Vital statistics of India. Vol. V, Reports of 1876 on armies & jails and on epidemic cholera
Year: 1876
Disease focus: Cholera
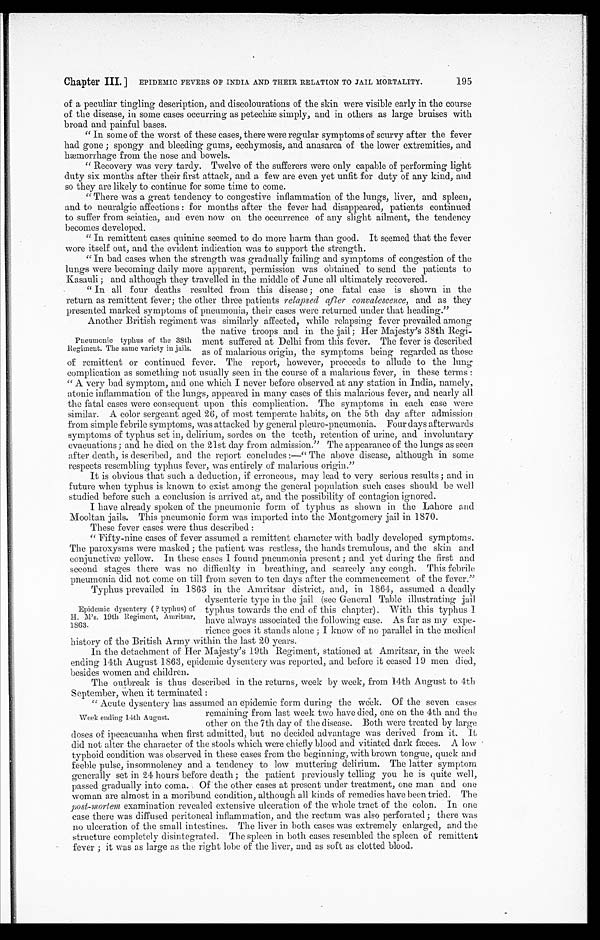
Chapter III. ] EPIDEMIC FEVERS OF INDIA AND THEIR RELATION TO JAIL MORTALITY.
195
of a peculiar tingling description, and discolourations of the skin were visible early in the course
of the disease, in some cases occurring as petechiæ simply, and in others as large bruises with
broad and painful bases.
" In some of the worst of these cases, there were regular symptoms of scurvy after the fever
had gone ; spongy and bleeding gums, ecchymosis, and anasarca of the lower extremities, and
hæmorrhage from the nose and bowels.
" Recovery was very tardy. Twelve of the sufferers were only capable of performing light
duty six months after their first attack, and a few are even yet unfit for duty of any kind, and
so they are likely to continue for some time to come.
"There was a great tendency to congestive inflammation of the lungs, liver, and spleen,
and to neuralgic affections : for months after the fever had disappeared, patients continued
to suffer from sciatica, and even now on the occurrence of any slight ailment, the tendency
becomes developed.
" In remittent cases quinine seemed to do more harm than good. It seemed that the fever
wore itself out, and the evident indication was to support the strength.
"In bad cases when the strength was gradually failing and symptoms of congestion of the
lungs were becoming daily more apparent, permission was obtained to send the patients to
Kasauli ; and although they travelled in the middle of June all ultimately recovered.
" In all four deaths resulted from this disease; one fatal case is shown in the
return as remittent fever; the other three patients relapsed after convalescence, and as they
presented marked symptoms of pneumonia, their cases were returned under that heading."
Another British regiment was similarly affected, while relapsing fever prevailed among
the native troops and in the jail; Her Majesty's 38th Regi
-ment suffered at Delhi from this fever. The fever is described
as of malarious origin, the symptoms being regarded as those
of remittent or continued fever. The report, however, proceeds to allude to the lung
complication as something not usually seen in the course of a malarious fever, in these terms :
" A very bad symptom, and one which I never before observed at any station in India, namely,
atonic inflammation of the lungs, appeared in many cases of this malarious fever, and nearly all
the fatal cases were consequent upon this complication. The symptoms in each case were
similar. A color sergeant aged 26, of most temperate habits, on the 5th day after admission
from simple febrile symptoms, was attacked by general pleuro-pneumonia. Four days afterwards
symptoms of typhus set in, delirium, sordes on the teeth, retention of urine, and involuntary
evacuations; and he died on the 21st day from admission." The appearance of the lungs as seen
after death, is described, and the report concludes :—" The above disease, although in some
respects resembling typhus fever, was entirely of malarious origin."
It is obvious that such a deduction, if erroneous, may lead to very serious results ; and in
future when typhus is known to exist among the general population such cases should be well
studied before such a conclusion is arrived at, and the possibility of contagion ignored.
I have already spoken of the pneumonic form of typhus as shown in the Lahore and
Mooltan jails. This pneumonic form was imported into the Montgomery jail in 1870.
These fever cases were thus described :
" Fifty-nine cases of fever assumed a remittent character with badly developed symptoms.
The paroxysms were masked ; the patient was restless, the hands tremulous, and the skin and
conjunctivæ yellow. In these cases I found pneumonia present ; and yet during the first and
second stages there was no difficulty in breathing, and scarcely any cough. This febrile pneumonia did not come on till from seven to ten days after the commencement of the fever."
Typhus prevailed in 1863 in the Amritsar district, and, in 1864, assumed a deadly
dysenteric type in the jail (see General Table illustrating jail
typhus towards the end of this chapter). With this typhus I
have always associated the following case. As far as my expe
-rience goes it stands alone ; I know of no parallel in the medical
history of the British Army within the last 20 years.
In the detachment of Her Majesty's 19th Regiment, stationed at Amritsar, in the week
ending 14th August 1863, epidemic dysentery was reported, and before it ceased 19 men died,
besides women and children.
The outbreak is thus described in the returns, week by week, from 14th August to 4th
September, when it terminated :
" Acute dysentery has assumed an epidemic form during the week Of the seven cases
remaining from last week two have died, one on the 4th and the
other on the 7th day of the disease. Both were treated by large
doses of ipecacuanha when first admitted, but no decided advantage was derived from it. It
did not alter the character of the stools which were chiefly blood and vitiated dark fæces. A low
typhoid condition was observed in these cases from the beginning, with brown tongue, quick and
feeble pulse, insomnolency and a tendency to low muttering delirium. The latter symptom
generally set in 24 hours before death; the patient previously telling you he is quite well,
passed gradually into coma. Of the other cases at present under treatment, one man and one
woman are almost in a moribund condition, although all kinds of remedies have been tried. The
post-mortem examination revealed extensive ulceration of the whole tract of the colon. In one
case there was diffused peritoneal inflammation, and the rectum was also perforated ; there was
no ulceration of the small intestines. The liver in both cases was extremely enlarged, and the
structure completely disintegrated. The spleen in both cases resembled the spleen of remittent
fever ; it was as large as the right lobe of the liver, and as soft as clotted blood.
Pneumonic typhus of the 38th
Regiment. The same variety in jails.
Epidemic dysentery ( ? typhus) of
H. M's. 19th Regiment, Amritsar,
1863.
Week ending 14th August.